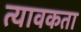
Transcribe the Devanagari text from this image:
त्यावकता